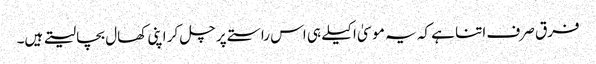
فرق صرف اتنا ہے کہ یہ موسیٰ اکیلے ہی اس راستے پر چل کر اپنی کھال بچا لیتے ہیں۔